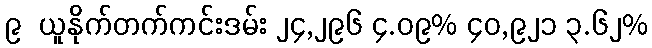
၉  ယူနိုက်တက်ကင်းဒမ်း ၂၄,၂၉၆ ၄.၀၉% ၄၀,၉၂၁ ၃.၆၂%